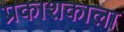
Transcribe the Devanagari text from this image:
प्रकाशकाला